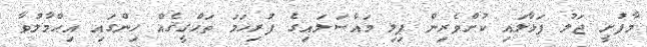
މާފުށީ ޖަލު ފަޅާލައި ކުށްވެރިން ފިލި މައްސަލައިގެ ފުރިހަމަ ތަޙްޤީޤެއް ހިންގައި އިޙްމާލުވާ